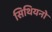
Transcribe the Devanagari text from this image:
सिथियनो